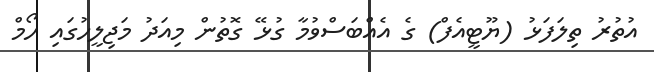
އުތުރު ތިލަފަޅު (ޔޫޓީއެފް) ގެ އެއްބަސްވުމާ ގުޅޭ ގޮތުން މިއަދު މަޖިލީހުގައި ހޯމް